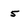
Character: 5